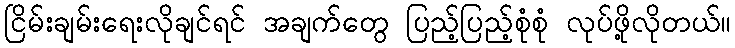
ငြိမ်းချမ်းရေးလိုချင်ရင် အချက်တွေ ပြည့်ပြည့်စုံစုံ လုပ်ဖို့လိုတယ်။